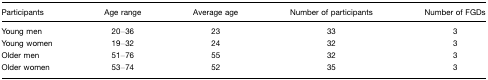
<table><thead><tr><td><b>Participants</b></td><td><b>Age range</b></td><td><b>Average age</b></td><td><b>Number of participants</b></td><td><b>Number of FGDs</b></td></tr></thead><tbody><tr><td>Young men</td><td>20–36</td><td>23</td><td>33</td><td>3</td></tr><tr><td>Young women</td><td>19–32</td><td>24</td><td>32</td><td>3</td></tr><tr><td>Older men</td><td>51–76</td><td>55</td><td>32</td><td>3</td></tr><tr><td>Older women</td><td>53–74</td><td>52</td><td>35</td><td>3</td></tr></tbody></table>